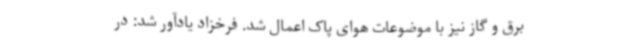
برق و گاز نیز با موضوعات هوای پاک اعمال شد. فرخزاد یادآور شد: در